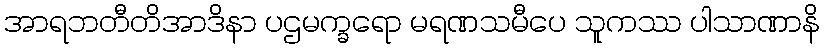
အာရဘတီတိအာဒိနာ ပဌမက္ခရော မရဏသမီပေ သူကဿ ပါသာဏာနိ